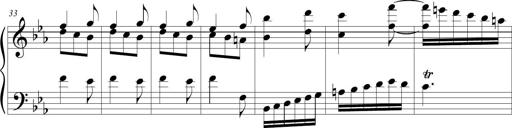
Title: Tiny Tina
Composer: Michel Rondeau
Key: E-flat major